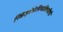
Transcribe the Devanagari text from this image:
स्किझोफ्रेनियाविषयीची